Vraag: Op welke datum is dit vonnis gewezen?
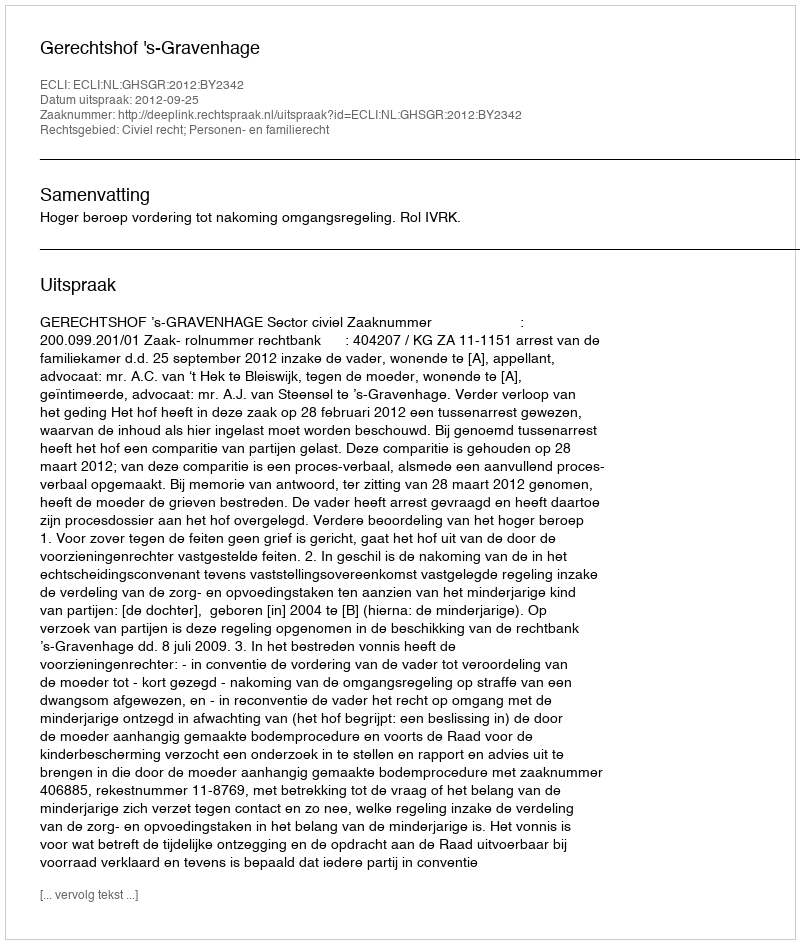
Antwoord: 2012-09-25